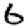
Digit: 6